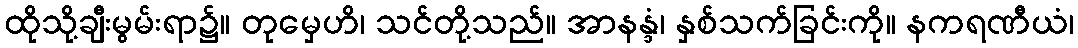
ထိုသို့ချီးမွမ်းရာ၌။ တုမှေဟိ၊ သင်တို့သည်။ အာနန္ဒံ၊ နှစ်သက်ခြင်းကို။ နကရဏီယံ၊